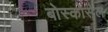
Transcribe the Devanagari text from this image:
बोस्कोसेल